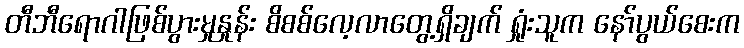
တီဘီရောဂါဖြစ်ပွားမှုနှုန်း စိစစ်လေ့လာတွေ့ရှိချက် ရှုံးသူက နော်ပွယ်စေးက